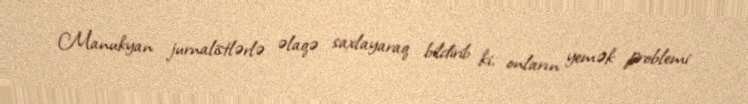
Manukyan jurnalistlərlə əlaqə saxlayaraq bildirib ki, onların yemək problemi